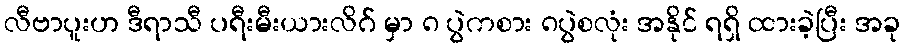
လီဗာပူးဟ ဒီရာသီ ပရီးမီးယားလိဂ် မှာ ၈ ပွဲကစား ၈ပွဲစလုံး အနိုင် ရရှိ ထားခဲ့ပြီး အခု